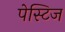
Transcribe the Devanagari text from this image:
पेस्टिज